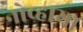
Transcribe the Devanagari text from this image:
नोव्हाया